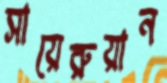
সায়েরুয়ান